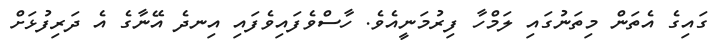
ގައިގެ އެތަން މިތަނުގައި ލަމްހާ ފިރުމަނީއެވެ. ހާސްވެފައިވެފައި އިނދެ އޭނާގެ އެ ދަރިފުޅަށް